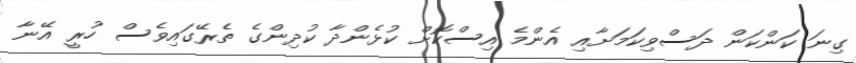
ގިނަ ކަންކަން ދަސްވިކަމަށާއި އެންމެ އިސްކޮށް ކުޅެންދާ ކުދިންގެ ތެރޭގައިވެސް ހުރީ އޭނާ